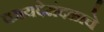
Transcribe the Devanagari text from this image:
कायदेमंदळाचे